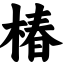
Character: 椿